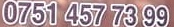
0751 457 73 99